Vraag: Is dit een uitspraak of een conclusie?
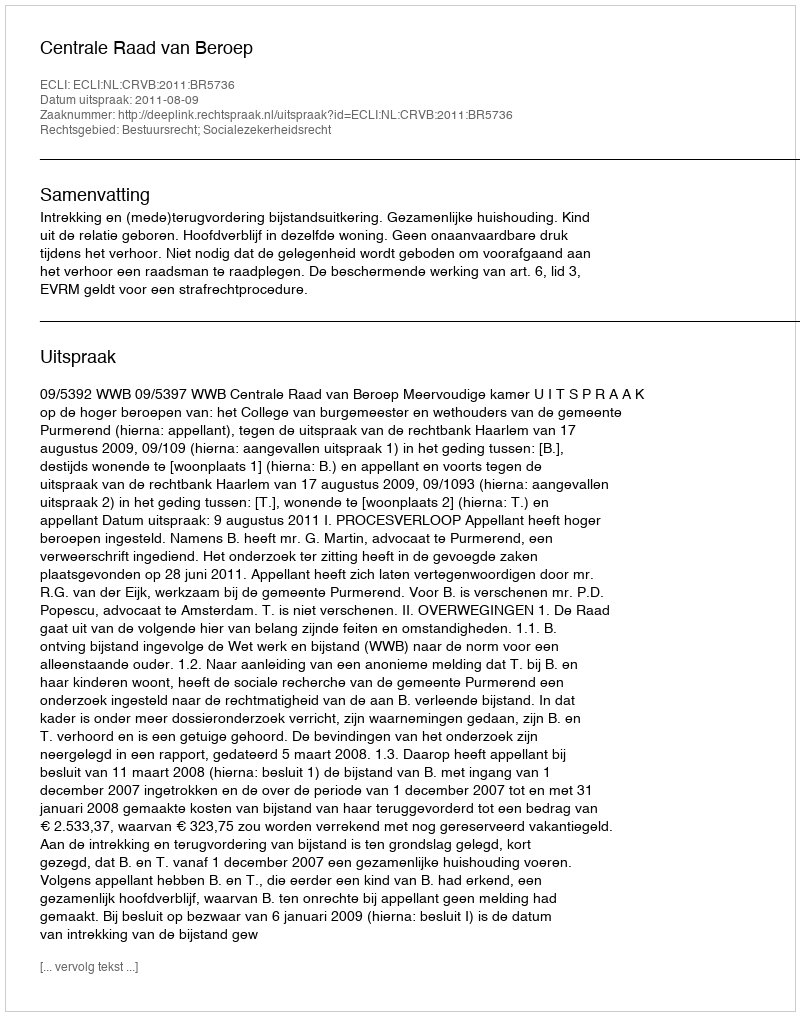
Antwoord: Uitspraak